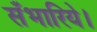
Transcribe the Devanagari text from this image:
सँभारिये।